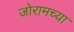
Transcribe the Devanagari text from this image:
जोरामच्या